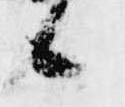
候